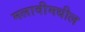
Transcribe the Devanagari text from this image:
मलावीमधील